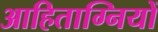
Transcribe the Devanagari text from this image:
आहिताग्नियों